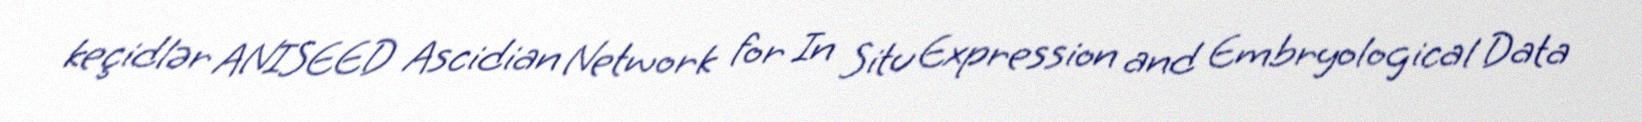
keçidlər ANISEED Ascidian Network for In Situ Expression and Embryological Data